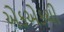
એકએકથી